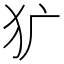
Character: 犷